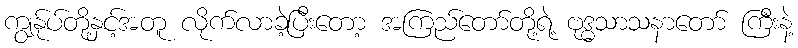
ကျွန်ုပ်တို့နှင့်အတူ လိုက်လာခဲ့ပြီးတော့ အကြည်တော်တို့ရဲ့ ဗုဒ္ဓသာသနာတော် ကြီးနဲ့